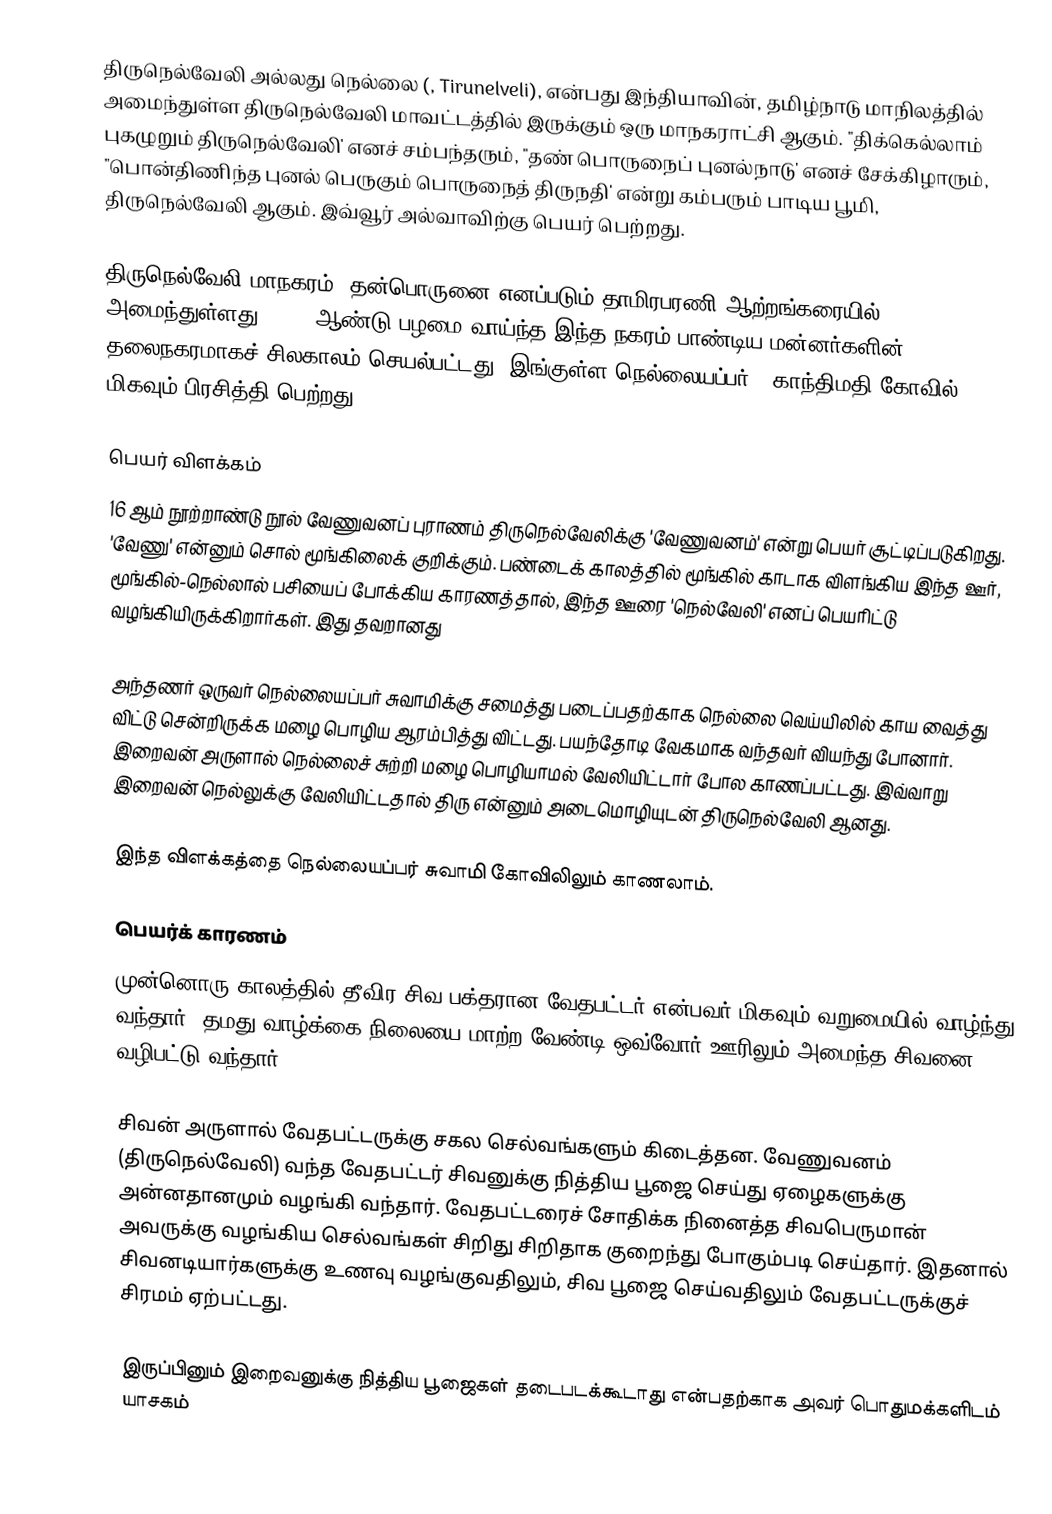
திருநெல்வேலி அல்லது  நெல்லை (, Tirunelveli), என்பது இந்தியாவின், தமிழ்நாடு மாநிலத்தில் அமைந்துள்ள திருநெல்வேலி மாவட்டத்தில் இருக்கும் ஒரு மாநகராட்சி ஆகும். "திக்கெல்லாம் புகழுறும் திருநெல்வேலி' எனச் சம்பந்தரும், "தண் பொருநைப் புனல்நாடு' எனச் சேக்கிழாரும், "பொன்திணிந்த புனல் பெருகும் பொருநைத் திருநதி' என்று கம்பரும் பாடிய பூமி, திருநெல்வேலி ஆகும். இவ்வூர் அல்வாவிற்கு பெயர் பெற்றது.

திருநெல்வேலி மாநகரம், தன்பொருனை எனப்படும் தாமிரபரணி ஆற்றங்கரையில் அமைந்துள்ளது. 2000 ஆண்டு பழமை வாய்ந்த இந்த நகரம் பாண்டிய மன்னர்களின் தலைநகரமாகச் சிலகாலம் செயல்பட்டது. இங்குள்ள நெல்லையப்பர் - காந்திமதி கோவில் மிகவும் பிரசித்தி பெற்றது.

பெயர் விளக்கம்
16 ஆம் நூற்றாண்டு நூல் வேணுவனப் புராணம் திருநெல்வேலிக்கு 'வேணுவனம்' என்று பெயர் சூட்டிப்படுகிறது. 'வேணு' என்னும் சொல் மூங்கிலைக் குறிக்கும். பண்டைக் காலத்தில் மூங்கில் காடாக விளங்கிய இந்த ஊர், மூங்கில்-நெல்லால் பசியைப் போக்கிய காரணத்தால், இந்த ஊரை 'நெல்வேலி' எனப் பெயரிட்டு வழங்கியிருக்கிறார்கள். இது தவறானது

அந்தணர் ஒருவர் நெல்லையப்பர் சுவாமிக்கு சமைத்து படைப்பதற்காக நெல்லை வெய்யிலில் காய வைத்து விட்டு சென்றிருக்க மழை பொழிய ஆரம்பித்து விட்டது. பயந்தோடி வேகமாக வந்தவர் வியந்து போனார். இறைவன் அருளால் நெல்லைச் சுற்றி மழை பொழியாமல் வேலியிட்டார் போல காணப்பட்டது. இவ்வாறு இறைவன் நெல்லுக்கு வேலியிட்டதால் திரு என்னும் அடைமொழியுடன் திருநெல்வேலி ஆனது.

இந்த விளக்கத்தை நெல்லையப்பர் சுவாமி கோவிலிலும் காணலாம்.

பெயர்க் காரணம்
முன்னொரு காலத்தில் தீவிர சிவ பக்தரான வேதபட்டர் என்பவர் மிகவும் வறுமையில் வாழ்ந்து வந்தார். தமது வாழ்க்கை நிலையை மாற்ற வேண்டி ஒவ்வோர் ஊரிலும் அமைந்த சிவனை வழிபட்டு வந்தார்.

சிவன் அருளால் வேதபட்டருக்கு சகல செல்வங்களும் கிடைத்தன. வேணுவனம் (திருநெல்வேலி) வந்த வேதபட்டர் சிவனுக்கு நித்திய பூஜை செய்து ஏழைகளுக்கு அன்னதானமும் வழங்கி வந்தார். வேதபட்டரைச் சோதிக்க நினைத்த சிவபெருமான் அவருக்கு வழங்கிய செல்வங்கள் சிறிது சிறிதாக குறைந்து போகும்படி செய்தார். இதனால் சிவனடியார்களுக்கு உணவு வழங்குவதிலும், சிவ பூஜை செய்வதிலும் வேதபட்டருக்குச் சிரமம் ஏற்பட்டது.

இருப்பினும் இறைவனுக்கு நித்திய பூஜைகள் தடைபடக்கூடாது என்பதற்காக அவர் பொதுமக்களிடம் யாசகம்